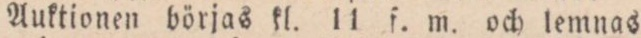
Anktionen börjas kl. 11 f. m. och lemnas